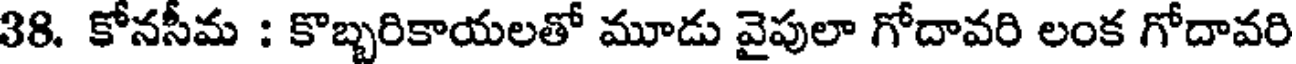
38. కోనసీమ : కొబ్బరికాయలతో మూడు వైపులా గోదావరి లంక గోదావరి